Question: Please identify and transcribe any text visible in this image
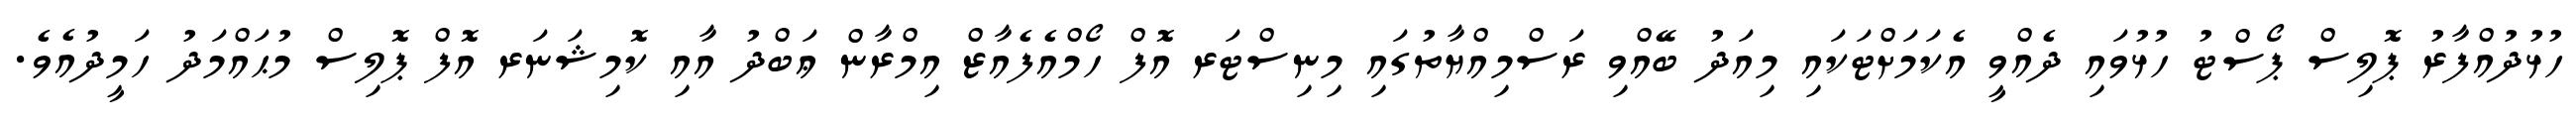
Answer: ހުޅުދުއްފާރު ޕޮލިސް ޕޯސްޓު ހުޅުވައި ދެއްވީ އެކަމަށްޓަކައި މިއަދު ބޭއްވި ރަސްމިއްޔާތުގައި މިނިސްޓަރ އޮފް ހޯމްއެފެއާޒް އިމްރާން ޢަބްދު އާއި ކޮމިޝަނަރ އޮފް ޕޮލިސް މުޙައްމަދު ހަމީދުއެވެ.